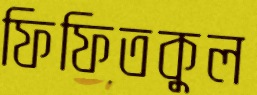
ফিফিতকুল